Lunatic asylums in Bengal annual reports 1888-1898 - 1888-1898
Year: 1888
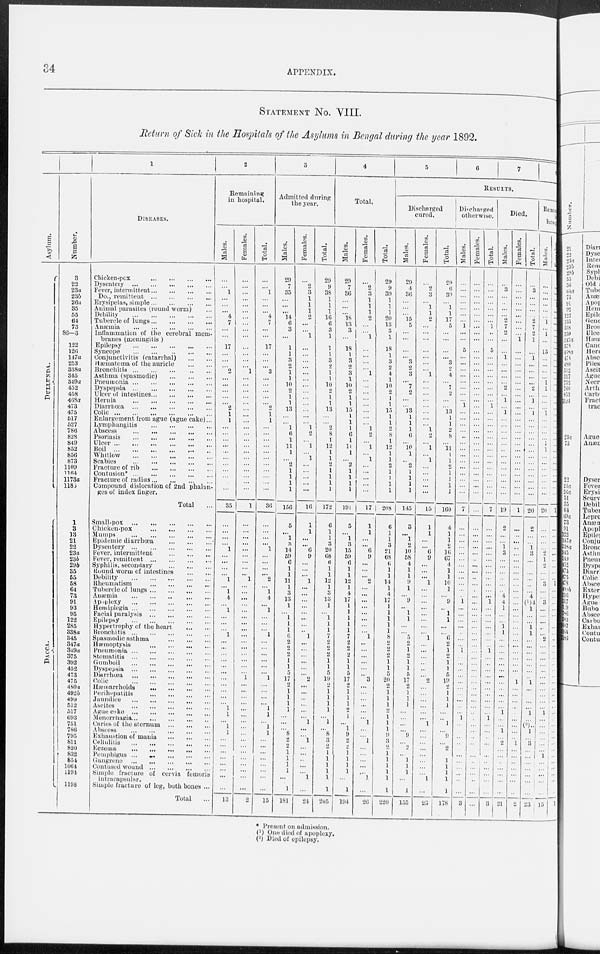
34
APPENDIX.
STATEMENT No. VIII.
Return of Sick in the Hospitals of the Asylums in Bengal during the year 1892.
Asylum.
DULLUNDA.
DACCA.
Number.
3
22
23a
23b
26a
35
55
64
73
86—3
122
126
147a
253
338a
345
349a
452
458
468a
473
475
517
527
786
828
849
852
856
873
1109
1164
1173a
1185
1
3
13
21
22
23a
23b
29b
35
55
58
64
73
91
93
95
122
285
338a
345
347a
349a
375
392
452
473
475
480a
402b
499
512
517
693
751
786
795
811
820
832
854
1064
1194
11908
1
DISEASES.
Chicken-pox
...
...
...
...
Dysentery
...
...
...
...
...
Fever, intermittent
...
...
...
...
Do., remittent
...
...
...
...
Erysipelas, simple
...
...
...
...
Animal parasites (round worm) ...
Debility
...
...
...
...
...
Tubercle of lungs
...
...
...
...
Anæmia
...
...
...
...
...
Inflammation of the cerebral mem-
branes (meningitis)
Epilepsy
...
...
...
...
...
Syncope
...
...
...
...
...
Conjunctivitis (catarrhal)
...
...
Hæmatoma of the auricle
...
...
Bronchitis ... ... ... ... ...
Asthma (spasmodic)
...
...
...
Pneumonia
...
...
...
...
...
Dyspepsia
...
...
...
...
...
Ulcer of intestines ... ... ... ...
Hernia
...
...
...
...
...
Diarrhœa
...
...
...
...
...
Colic
...
...
...
...
...
...
Enlargement from ague (ague cake) ...
Lymphangitis
...
...
...
...
Abscess ... ... ... ... ...
Psoriasis
...
...
...
...
...
Ulcer
...
...
...
...
...
...
Boil
...
...
...
...
...
...
Whitlow
...
...
...
...
...
Scabies ... ... ... ... ...
Fracture of rib ... ... ... ...
Contusion*
...
...
...
...
...
Fracture of radius
...
...
...
...
Compound dislocation of 2nd phalan-
ges of index finger.
Total
...
Small-pox
...
...
...
...
...
Chicken-pox
...
...
...
...
Mumps
...
...
...
...
...
Epidemic diarrhœa
...
...
...
Dysentery
...
...
...
...
...
Fever, intermittent
...
...
...
Fever, remittent ... ... ... ... ...
Syphilis, secondary
...
...
...
Round worm of intestines
...
...
Debility
...
...
...
...
...
Rheumatism
...
...
...
...
Tubercle of lungs
...
...
...
...
Anæmia ... ... ... ... ...
Apoplexy
...
...
...
...
...
Hemiplegia
...
...
...
...
...
Facial paralysis
...
...
...
...
Epilepsy
...
...
...
...
...
Hypertrophy of the heart
...
...
Bronchitis
...
...
...
...
...
Spasmodic asthma
...
...
...
Hæmoptysis
...
...
...
...
Pneumonia
...
...
...
...
...
Stomatitis
...
...
...
...
...
Gumboil
...
...
...
...
...
Dyspepsia
...
...
...
...
...
Diarrhœa
...
...
...
...
...
Colic
...
...
...
...
...
Hæmarrhoids
...
...
...
...
Perihepatitis
...
...
...
...
Jaundice
...
...
...
...
...
Ascites
...
...
...
...
...
Ague cake ... ... ... ... ...
Menorrhagia ... ... ... ... ...
Caries of the sternum
...
...
...
Abscess
...
...
...
...
...
Exhaustion of mania
...
...
...
Cellulitis
...
...
...
...
...
Eczema
...
...
...
...
...
Pemphigus ... ... ... ... ... ...
Gangrene ... ... ... ... ...
Contused wound
...
...
...
...
Simple fracture of cervix femoris
intracapsular.
Simple fracture of leg, both bones ..
Total ..
2
Remaining
in hospital.
Males.
. . .
...
1
...
...
...
4
7
...
...
17
...
... ...
2
...
...
...
...
...
2
1
1
...
...
...
...
... ...
...
...
...
... ...
35
...
...
... ...
1
... ...
...
... 1
... 1
4
...
1
...
...
...
1
... ... ... ... ... ...
... ...
... ...
... 1
1
... 1
1
...
...
...
...
...
...
...
...
13
Females.
...
...
...
...
...
...
...
...
...
...
...
...
...
...
1
...
...
...
...
...
...
...
...
...
...
... ... ...
...
...
...
...
...
...
1
... ...
...
... ...
...
...
...
... 1
...
...
... ...
...
...
...
...
...
...
...
...
...
... ...
1
...
...
...
...
...
...
...
...
...
...
... ...
...
...
...
...
...
2
Total.
...
...
1
...
...
...
4
7
...
...
17
...
...
...
3
...
...
...
... ...
2
1
1
...
...
...
...
...
...
...
...
...
...
...
36
...
...
...
...
1
...
...
...
...
2
...
1
4
...
1
...
...
...
1
...
...
...
...
...
...
1
...
...
...
... 1
1
... 1
1
...
...
...
...
...
...
...
...
15
3
Admitted during
the year.
Males.
29
7
35
...
...
...
14
6
3
...
1
1
3
2
1
1
10
2
1
1
13
... ...
1
6
1
11
1
...
2
1
1
1
1
156
5
...
1
3
14
59
6
1
1
11
1
3
13
1
... 1
1
1
6
2
2
2
1
1
5
17
2
1
1
1
1
...
...
...
8
2
2
1
1
1
1
... 1
181
Females.
...
2
3
1
1
1
2
...
... 1
...
...
...
...
...
...
...
...
...
...
...
...
...
1
2
...
1
...
1
...
...
...
...
...
16
1
1
... ... 6
9
...
...
...
1
...
...
...
...
...
...
...
... 1
...
...
...
...
...
...
2
...
...
...
...
...
...
1
...
...
l
...
...
...
...
...
1
...
24
Total.
29
9
38
1
1
1
16
6
3
1
1
1
3
2
1
1
10
2
1
1
13
...
...
2
8
1
12
1
1
2
1
1
1
1
172
6
1
1
3
20
68
6
1
1
12
1
3
13
1
...
1
1
1
7
2
2
2
1
1
5
19
2
1
1
1
1
...
1
... 8
3
2
1
1
1
1
1
1
205
4
Total.
Males.
29
7
36
...
... ...
18
13
3
...
18 1
3
2
3
1
10
2
1
1
15
1
1
1
6
1
11
1
...
2
1
1
1
1
191
5
...
1
3
15
59
6
1
1
12
1
4
17
1
1
1
1
1
7
2
2
2
1
1
5
17
2
1
1
1
2
1
... 1
9
2
2
1
1
1
1
... 1
194
Females.
...
2
3
1
1
1
2
...
...
1
...
...
...
...
1
...
...
...
...
...
...
...
...
1
2
...
1
...
1
...
...
...
...
...
17
1
1
...
...
6
9
...
...
...
2
...
...
...
...
...
...
...
...
1
...
...
...
...
...
...
3
...
...
...
...
...
...
1
...
... 1
...
...
...
...
...
1
...
26
Total.
29
9
39
1
1
1
20
13
3
1
18
1
3
2
4
1
10
2
1
1
15
1
1
2
8
1
12
1
1
2
1
1
1
1
208
6
1
1
3
21
68
6
1
1
14
1
4
17
1
1
1
1
1
8
2
2
2
1
1
5
20
2
1
1
1
2
1
1
1
9
3
2
1
1
1
1
1
1
220
5
6
7
8
RESULTS.
Discharged
cured.
Males.
29
4
36
...
...
...
15
5
...
...
...
...
3
2
3
...
7
2
...
...
13
1
1
1
6
...
10
1
...
2
1
1
1
1
145
3
...
1
2
10
58
4
1
1
9
1
...
9
...
1
1
...
...
5
2
1
2
1
1
5
17
2
1
1
1
...
...
... ...
9
...
2
...
1
1
1
... 1
155
Females.
...
2
3
...
1
1
2
...
...
...
...
...
...
...
1
...
...
...
...
...
...
...
...
1
2
...
1
...
1
...
...
...
...
...
15
1
1
...
...
6
9
...
...
...
1
...
...
...
...
...
...
...
...
1
...
...
...
...
...
...
2
...
... ...
...
...
...
1
... ...
...
...
...
...
... ... 1
...
23
Total.
29
6
39
...
1
1
17
5
...
...
...
...
3
2
4
...
7
2
...
...
13
1
1
2
8
...
11
1
1
2
1
1
1
1
160
4
1
1
2
16
67
4
1
1
10
1
...
9
...
1
1
...
...
6
2
1
2
1
1
5
19
2
1
1
1
...
...
1
...
9
...
2
...
1
1
1
1
1
178
Discharged
otherwise.
Males.
...
...
...
...
...
...
...
1
...
...
5
...
...
...
...
...
...
...
...
1
...
...
...
...
...
...
...
...
...
...
...
...
...
...
7
...
...
...
...
...
...
...
...
...
...
...
...
1
...
...
...
...
...
...
...
1
...
...
...
...
...
...
...
...
...
...
1
...
...
...
...
...
...
...
...
...
...
...
3
Females.
...
...
...
...
...
...
...
...
...
...
...
...
...
...
...
...
...
...
...
...
...
...
...
...
...
...
...
...
...
...
...
...
...
...
...
...
...
...
...
...
...
...
...
...
...
...
...
...
...
...
...
...
...
...
...
...
...
...
...
...
...
...
...
...
...
...
... ...
...
...
...
...
...
...
...
... ...
...
...
Total.
...
...
...
...
...
...
...
1
...
...
5
...
...
...
...
...
...
...
...
1
...
...
...
...
...
...
...
...
...
...
...
...
...
...
7
...
...
...
...
...
...
...
...
...
...
...
...
1
...
...
...
...
...
...
... 1
...
...
...
...
...
...
...
...
...
... 1
...
...
...
...
...
...
...
...
...
...
...
3
Died.
Males.
...
3
...
...
...
...
2
7
2
...
...
1
...
...
...
...
2
...
1
...
1
...
...
...
...
...
...
...
...
...
...
...
...
...
19
2
...
...
1
3
...
...
...
...
...
...
4
4
1
...
...
1
1
...
...
...
...
...
...
...
...
...
...
...
...
1
...
... 1
...
2
...
...
...
...
...
...
...
21
Females.
...
...
...
...
...
...
...
...
...
1
...
...
...
...
...
...
...
...
...
...
...
...
...
...
...
...
...
...
...
...
...
...
...
...
1
...
...
...
...
...
...
...
...
...
...
...
...
...
...
...
...
...
...
...
...
... ... ...
...
... 1
...
...
...
...
...
...
...
...
...
1
...
...
...
...
...
...
...
2
Total.
...
3
...
...
...
...
2
7
2
1
...
1
...
...
...
...
2
...
1
...
1
...
...
...
...
...
...
...
...
...
...
...
...
...
20
2
...
...
1
3
...
...
...
...
...
...
4
( 1 )4
1
...
...
1
1
...
...
...
...
...
...
... 1
...
...
...
...
1
...
( 2 ) ..
1
...
3
...
...
...
...
...
...
...
23
Remaining
in
hospital.
Males.
...
...
...
...
...
...
1
...
1
...
13
...
...
...
...
1
1
...
...
...
1
...
...
...
...
1
1
...
...
...
...
...
...
...
20
...
...
...
...
2
1
2
...
...
3
...
...
3
...
...
...
...
...
2
...
...
...
...
...
... ...
...
...
...
...
1
...
...
...
...
...
...
1
...
...
...
...
...
15
Females.
...
...
...
...
...
...
...
...
...
...
...
...
...
...
...
...
...
...
...
...
...
...
...
...
...
...
...
...
...
...
...
...
...
...
1
...
...
...
...
...
...
...
...
...
1
...
...
...
...
...
...
...
...
...
...
...
...
...
...
...
... ...
...
...
...
...
...
... ...
...
...
...
... ...
...
...
...
...
1
* Present on admission.
( 1 ) One died of apoplexy.
( 2 ) Died of epilepsy.